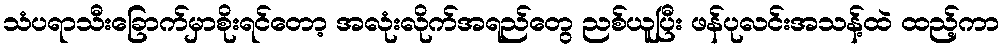
သံပရာသီးခြောက်မှာစိုးရင်တော့ အလုံးလိုက်အရည်တွေ ညစ်ယူပြီး ဖန်ပုလင်းအသန့်ထဲ ထည့်ကာ